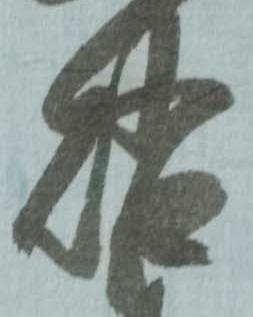
啓